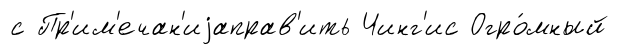
с Пр'им'ечан'иjаправ'ить Чинг'ис Огро́мный